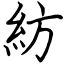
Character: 紡